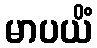
မာပယိံ